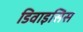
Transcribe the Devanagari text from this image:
डिवाइसिस